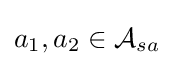
a_{1},a_{2}\in {\mathcal {A}}_{sa}